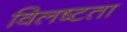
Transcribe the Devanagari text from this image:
विलष्टता